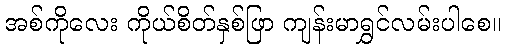
အစ်ကိုလေး ကိုယ်စိတ်နှစ်ဖြာ ကျန်းမာရွှင်လမ်းပါစေ။